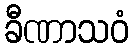
ခီဏာသဝံ